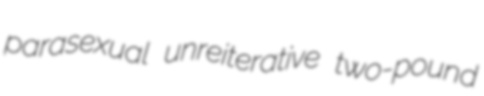
parasexual unreiterative two-pound